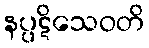
နပ္ပဋိသေဝတိ